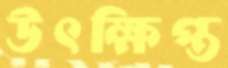
উৎক্ষিপ্ত